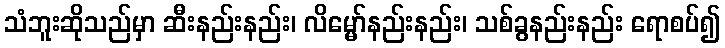
သံဘူးဆိုသည်မှာ ဆီးနည်းနည်း၊ လိမ္မော်နည်းနည်း၊ သစ်ခွနည်းနည်း ရောစပ်၍